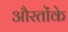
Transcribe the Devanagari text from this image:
औरतोंके